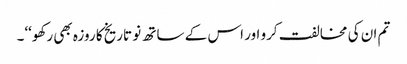
تم ان کی مخالفت کرو اور اس کے ساتھ نو تاریخ کا روزہ بھی رکھو‘‘۔